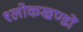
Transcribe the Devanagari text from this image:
श्लोकखण्डों